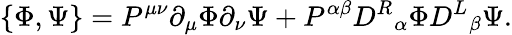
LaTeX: \{ \Phi,\Psi\} =P^{\mu\nu}\partial_{\mu}\Phi\partial_{\nu}\Psi+P^{\alpha\beta}{D^{R}}_{\alpha}\Phi{D^{L}}_{\beta}\Psi.